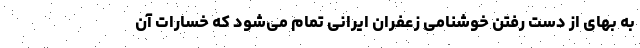
به بهای از دست رفتن خوشنامی زعفران ایرانی تمام می‌شود که خسارات آن